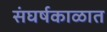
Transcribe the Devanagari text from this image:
संघर्षकाळात